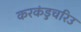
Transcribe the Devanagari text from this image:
करकंडुचरिउ